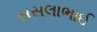
સસલાભાઈ